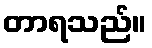
တာရသည်။